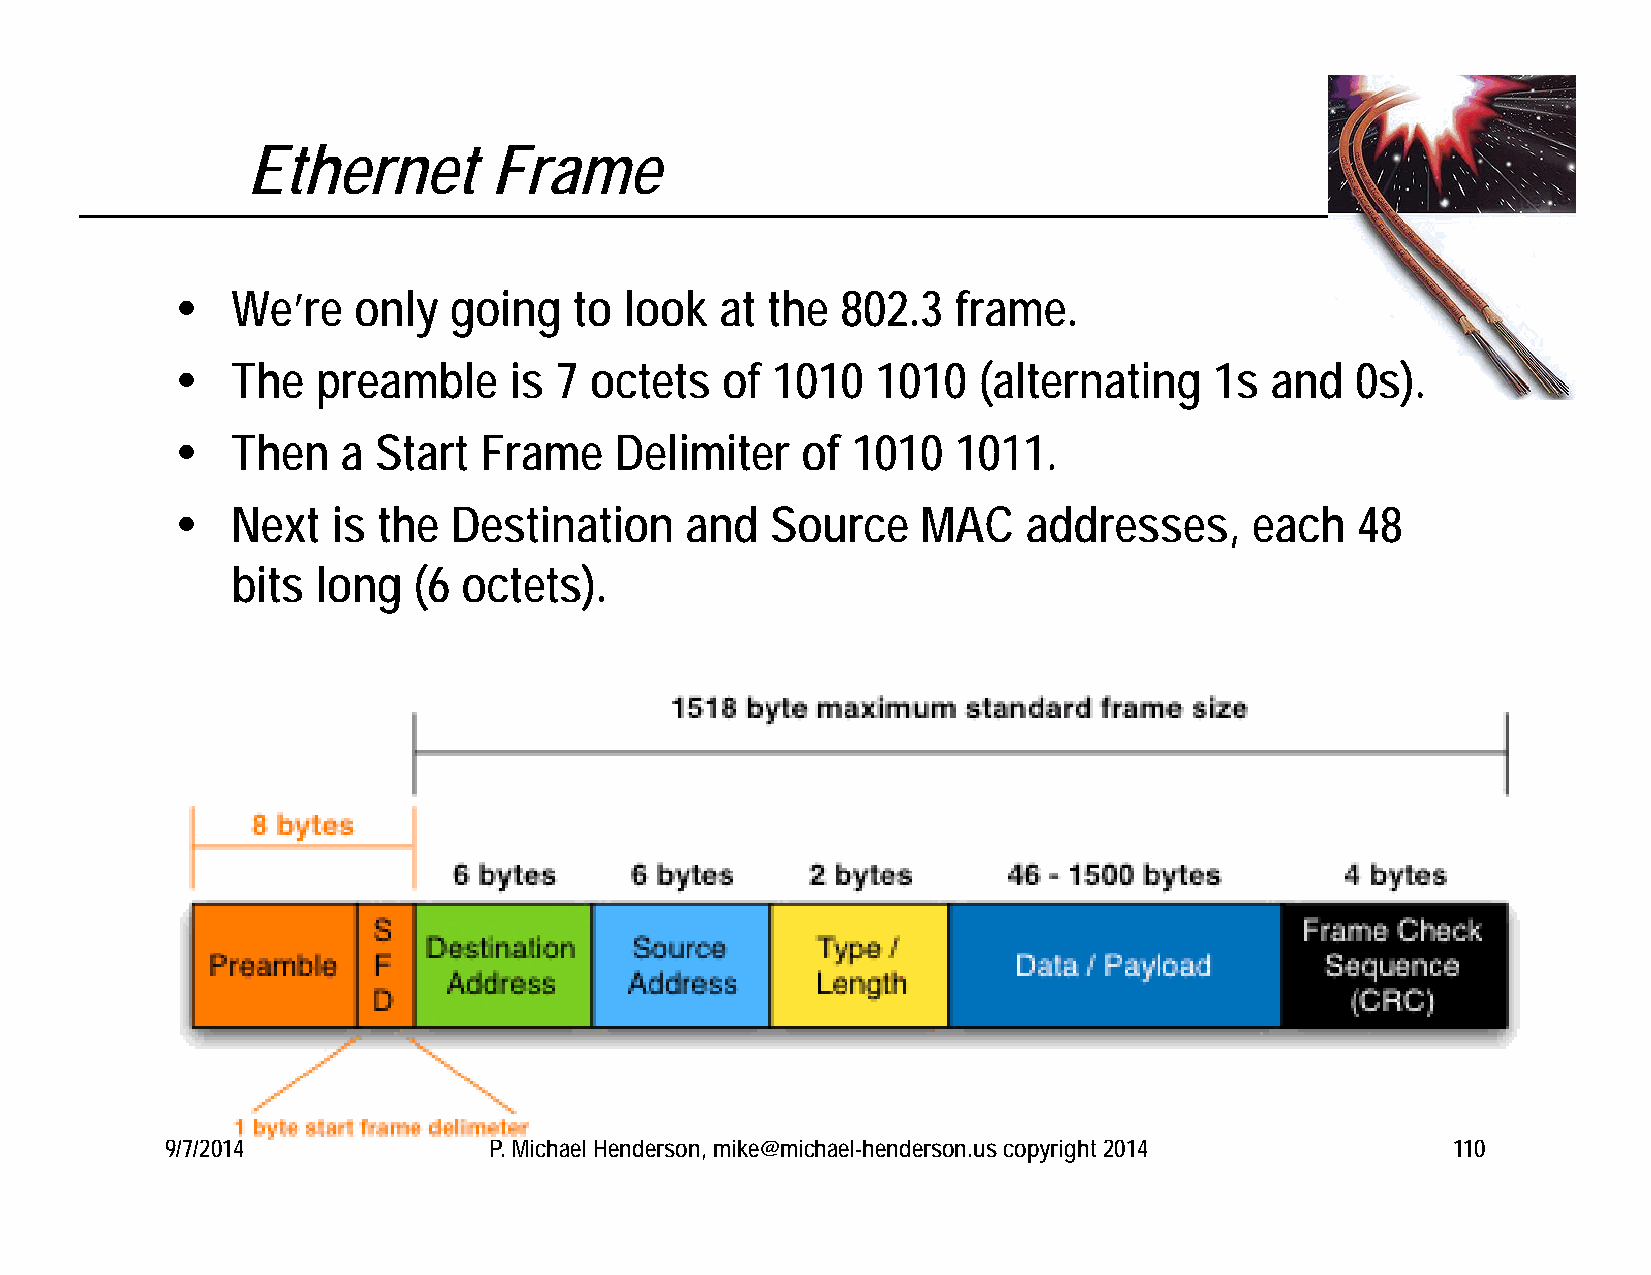
Ethernet        Frame
   We’re   only   going   to look   at the  802.3  frame.
   The   preamble     is 7 octets   of 1010   1010   (alternating   1s  and   0s).
   Then    a Start  Frame    Delimiter   of 1010   1011.
   Next   is the  Destination    and   Source    MAC    addresses,     each   48
 bits  long  (6  octets).
 9/7/2014             P. Michael Henderson, mike@michael-henderson.us copyright 2014  110